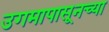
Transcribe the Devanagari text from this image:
उगमापासूनच्या